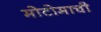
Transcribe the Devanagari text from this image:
मोटोमाची